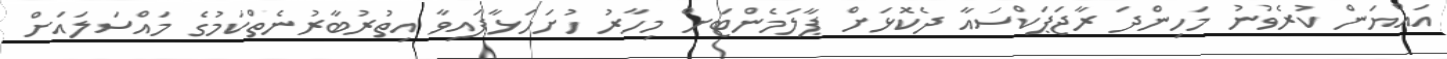
އައްޔަން ކުރެވުނު މަހިންދަ ރާޖަޕަކްސައާ ދެކޮޅަށް ޕާލަމެންޓަށް މިހާރު ހުށަހަޅާފައިވާ އިތުރުބާރުނެތްކަމުގެ މައްސަލައަށް